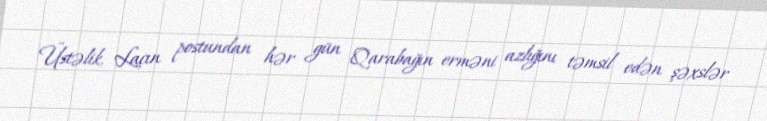
Üstəlik, Laçın postundan hər gün Qarabağın erməni azlığını təmsil edən şəxslər